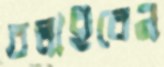
বলাইবেন